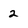
Character: 2